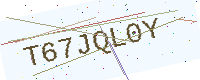
Text: T67JQL0Y